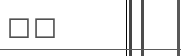
٢٥